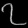
Digit: ၇